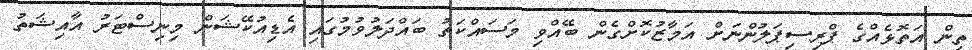
ތިން އަތޮޅެއްގެ ޕްރިސިޕަލުންނަށް އަމާޒުކޮށްގެން ބޭއްވި މަސައްކަތު ބައްދަލުވުމުގައި އެޑިއުކޭޝަން މިނިސްޓަރު އާއިޝަތު